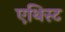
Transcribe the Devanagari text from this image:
एथिस्ट